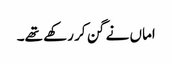
اماں نے گن کر رکھے تھے۔